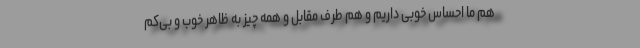
هم ما احساس خوبی داریم و هم طرف مقابل و همه چیز به ظاهر خوب و بی‌کم